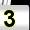
Digit: 3